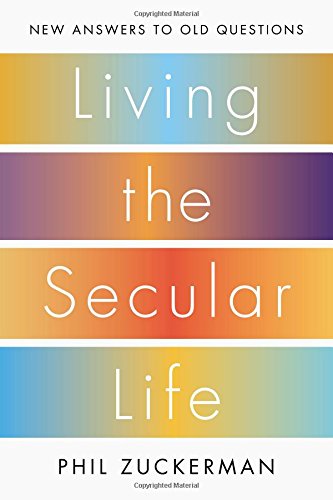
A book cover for Living the Secular Life: New Answers to Old Questions; Phil Zuckerman; Religion & Spirituality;